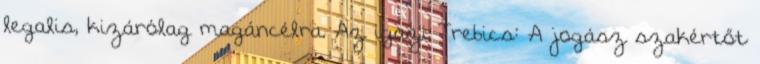
legalis, kizárólag magáncélra. Az igazi Trebics: A jogász szakértőt